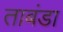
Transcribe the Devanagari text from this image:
ताबंडा